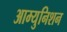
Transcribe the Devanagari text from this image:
आम्युनिशन